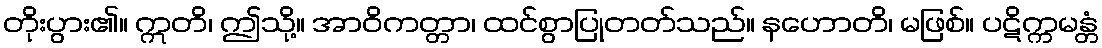
တိုးပွား၏။ ဣတိ၊ ဤသို့။ အာဝိကတ္တာ၊ ထင်စွာပြုတတ်သည်။ နဟောတိ၊ မဖြစ်။ ပဋိက္ကမန္တံ